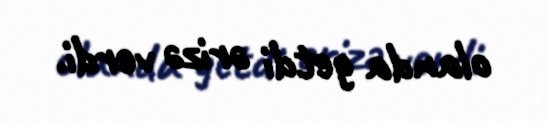
olanda getdi ərizə verdi.